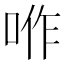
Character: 𠴚